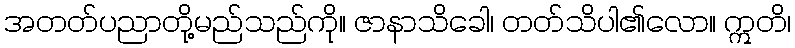
အတတ်ပညာတို့မည်သည်ကို။ ဇာနာသိခေါ၊ တတ်သိပါ၏လော။ ဣတိ၊